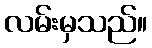
လမ်းမှသည်။